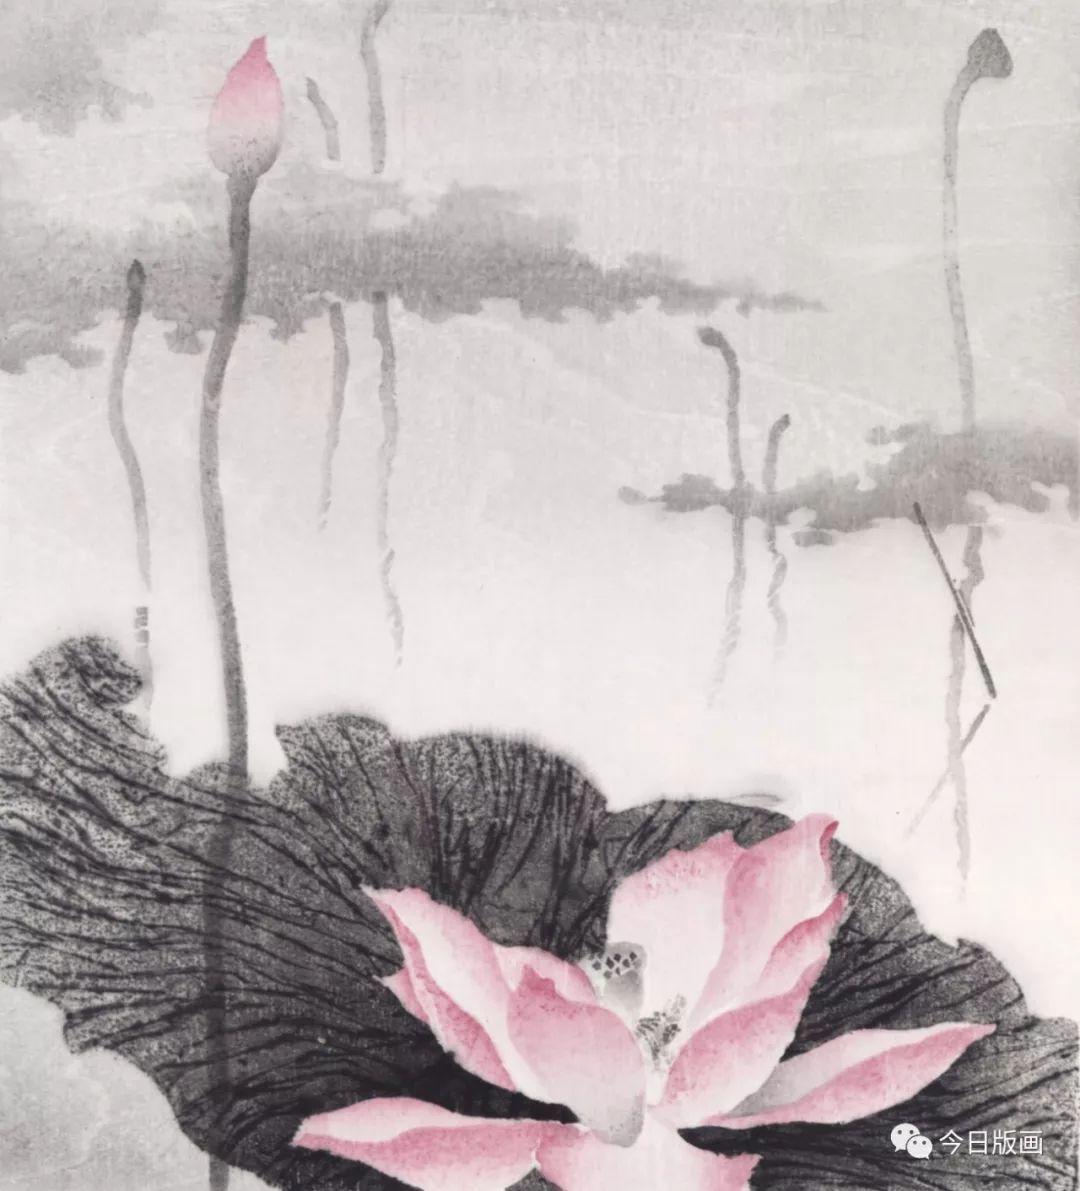
翠葆参差竹径成。新荷跳雨泪珠倾。曲阑斜转小池亭。